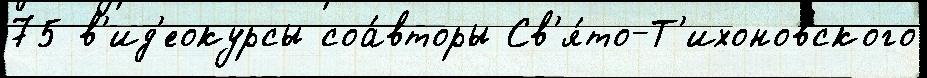
75 в'ид'еокурсы соа́вторы Св'я́то-Т'ихоновского